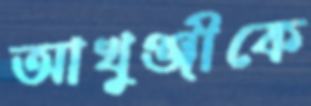
আখুঞ্জীকে